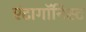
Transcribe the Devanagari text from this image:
एंटागॉनिस्ट